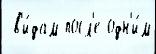
 в'и́дам посл'е одн'и́м